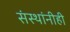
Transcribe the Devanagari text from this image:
संस्थांनीही